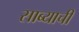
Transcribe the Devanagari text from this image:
साब्याची